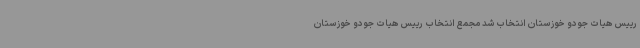
رییس هیات جودو خوزستان انتخاب شد مجمع انتخاب رییس هیات جودو خوزستان